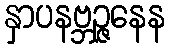
နှာပနဗ္ဘဉ္ဇနေန